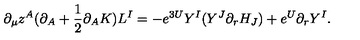
\partial _ { \mu } z ^ { A } ( \partial _ { A } + { \frac { 1 } { 2 } } \partial _ { A } K ) L ^ { I } = - e ^ { 3 U } Y ^ { I } ( { Y } ^ { J } \partial _ { r } H _ { J } ) + e ^ { U } \partial _ { r } Y ^ { I } .